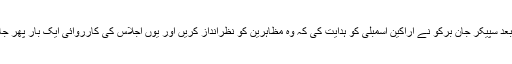
تھوڑی دیر بعد سپیکر جان برکو نے اراکین اسمبلی کو ہدایت کی کہ وہ مظاہرین کو نظرانداز کریں اور یوں اجلاس کی کارروائی ایک بار پھر جاری ہو گئی۔